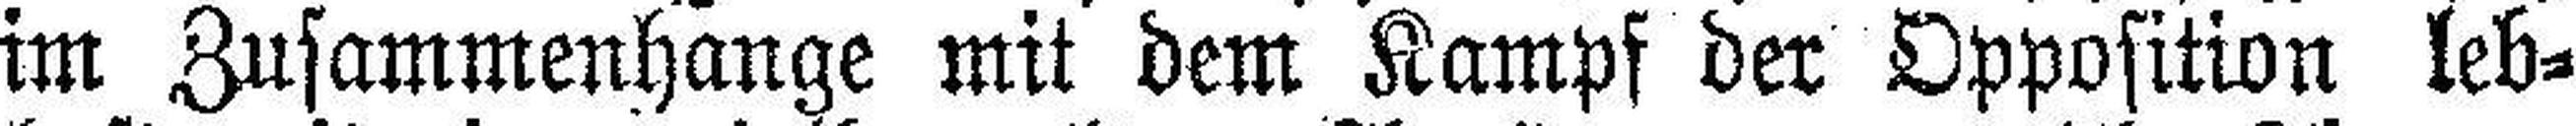
im Zusammenhange mit dem Kampf der Opposition leb¬